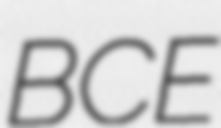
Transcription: BCE